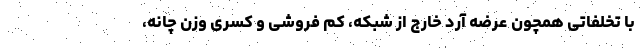
با تخلفاتی همچون عرضه آرد خارج از شبکه، کم فروشی و کسری وزن چانه،